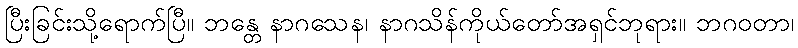
ပြီးခြင်းသို့ရောက်ပြီ။ ဘန္တေ နာဂသေန၊ နာဂသိန်ကိုယ်တော်အရှင်ဘုရား။ ဘဂဝတာ၊